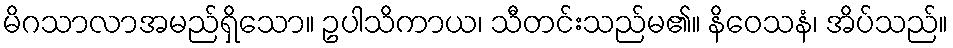
မိဂသာလာအမည်ရှိသော။ ဥပါသိကာယ၊ သီတင်းသည်မ၏။ နိဝေသနံ၊ အိပ်သည်။